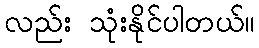
လည်း သုံးနိုင်ပါတယ်။